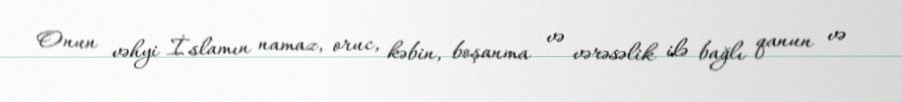
Onun vəhyi İslamın namaz, oruc, kəbin, boşanma və vərəsəlik ilə bağlı qanun və